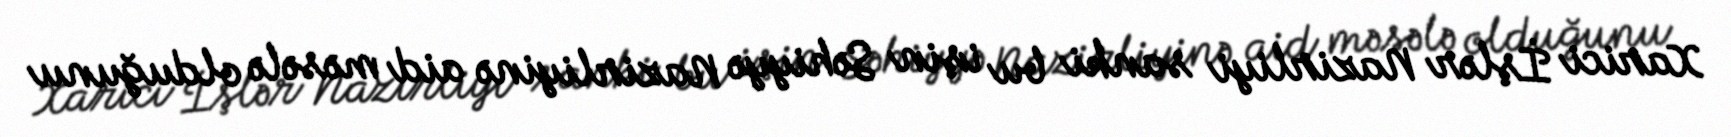
Xarici İşlər Nazirliyi sanki bu işin Səhiyyə Nazirliyinə aid məsələ olduğunu